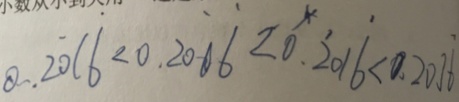
0 . 2 \dot { 0 } 1 \dot { 6 } < 0 . 2 0 \dot { 1 } \dot { 6 } < 0 . \dot { 2 } 0 1 \dot { 6 } < 0 . 2 0 1 \dot { 6 }